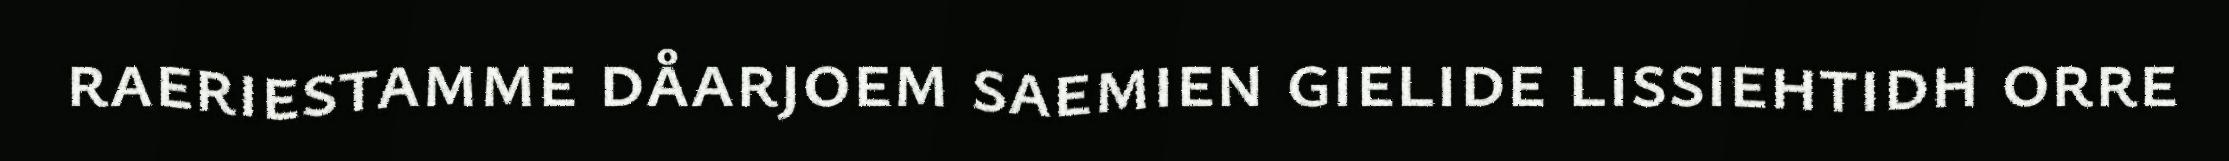
raeriestamme dåarjoem saemien gielide lissiehtidh orre